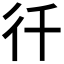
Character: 𭛜